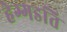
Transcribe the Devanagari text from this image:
हेग्गडति